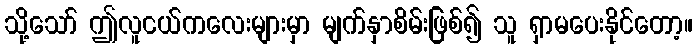
သို့သော် ဤလူငယ်ကလေးများမှာ မျက်နှာစိမ်းဖြစ်၍ သူ ရှာမပေးနိုင်တော့။